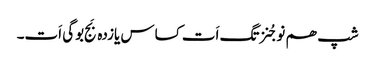
شپ ھم نوجُنزتگ اَت کساس یازدہ بَج بوگی اَت۔